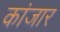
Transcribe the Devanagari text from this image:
कांजार